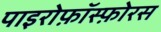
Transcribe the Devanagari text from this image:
पाइरोफ़ॉस्फ़ोरस